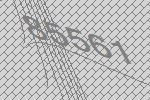
85561